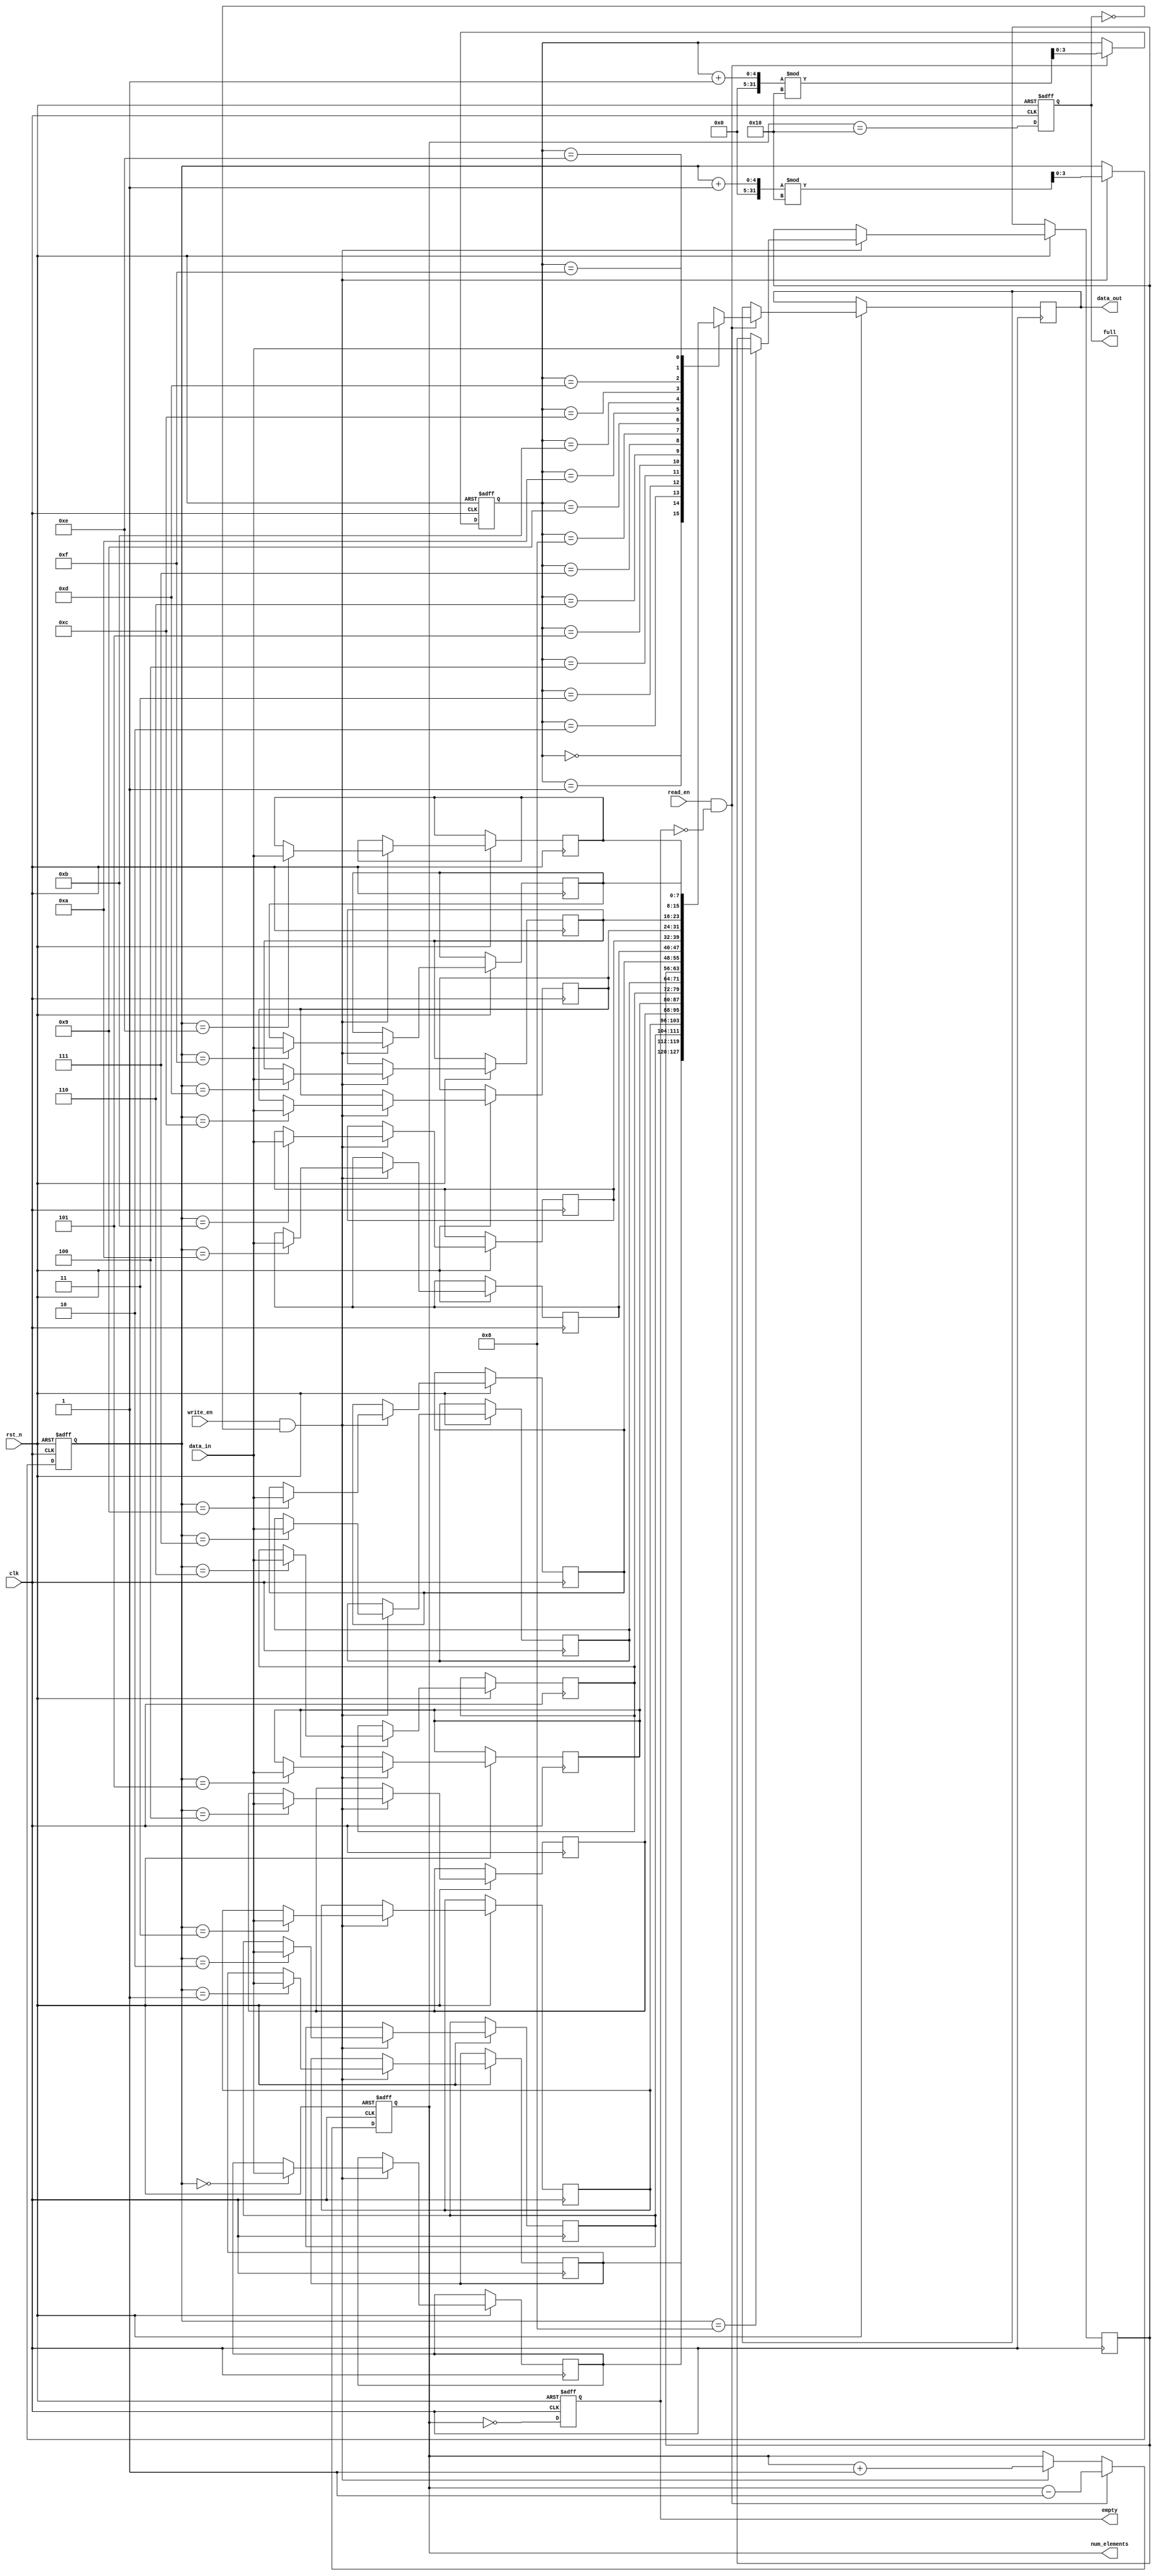
module parameterized_fifo #(
    parameter DATA_WIDTH = 8,          // Width of each data element
    parameter FIFO_DEPTH = 16           // Depth of the FIFO
) (
    input wire clk,                     // Clock signal
    input wire rst_n,                   // Active low reset
    input wire write_en,                // Write enable
    input wire read_en,                 // Read enable
    input wire [DATA_WIDTH-1:0] data_in,// Data input
    output reg [DATA_WIDTH-1:0] data_out,// Data output
    output reg full,                    // FIFO full flag
    output reg empty,                   // FIFO empty flag
    output reg [$clog2(FIFO_DEPTH):0] num_elements // Number of elements in FIFO
);

    // Internal memory array
    reg [DATA_WIDTH-1:0] fifo_mem [0:FIFO_DEPTH-1];
    reg [$clog2(FIFO_DEPTH)-1:0] write_ptr; // Write pointer
    reg [$clog2(FIFO_DEPTH)-1:0] read_ptr;  // Read pointer

    // Initialize pointers and flags
    initial begin
        write_ptr = 0;
        read_ptr = 0;
        full = 0;
        empty = 1;
        num_elements = 0;
    end

    // FIFO operation
    always @(posedge clk or negedge rst_n) begin
        if (!rst_n) begin
            // Reset FIFO
            write_ptr <= 0;
            read_ptr <= 0;
            full <= 0;
            empty <= 1;
            num_elements <= 0;
        end else begin
            // Write operation
            if (write_en && !full) begin
                fifo_mem[write_ptr] <= data_in; // Write data to FIFO
                write_ptr <= (write_ptr + 1) % FIFO_DEPTH; // Increment write pointer
                num_elements <= num_elements + 1; // Increment element count
            end
            
            // Read operation
            if (read_en && !empty) begin
                data_out <= fifo_mem[read_ptr]; // Read data from FIFO
                read_ptr <= (read_ptr + 1) % FIFO_DEPTH; // Increment read pointer
                num_elements <= num_elements - 1; // Decrement element count
            end

            // Update full and empty flags
            full <= (num_elements == FIFO_DEPTH);
            empty <= (num_elements == 0);
        end
    end

endmodule